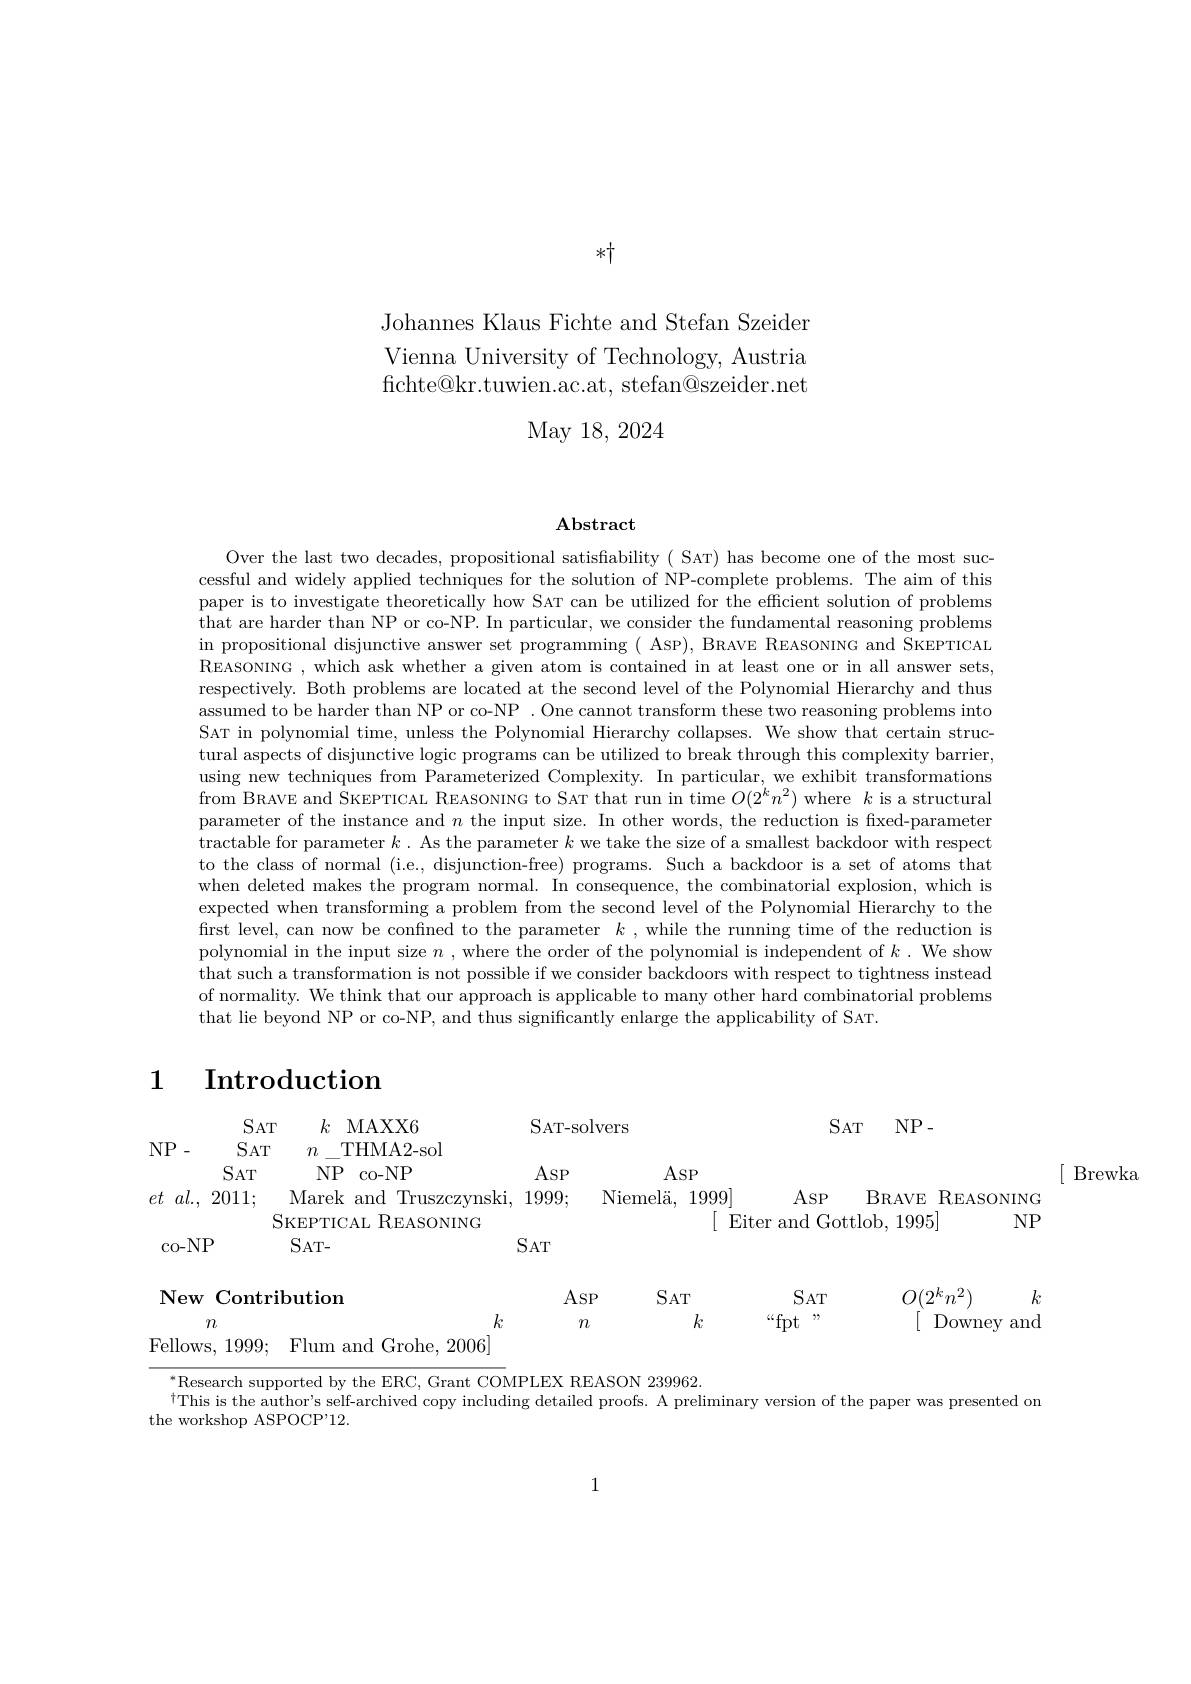
$*\uparrow$

Johannes Klaus Fichte and Stefan Szeider Vienna University of Technology, Austria fichte@ kr. tuwien. ac. at, stefan@ szeider. net
May 18, 2024

$\mathbf{Abstract}$

Over the last two decades, propositional satisfiability ( SAT) has become one of the most successful and widely applied techniques for the solution of NP-complete problems. The aim of this paper is to investigate theoretically how SAT can be utilized for the efficient solution of problems that are harder than NP or co-NP. In particular, we consider the fundamental reasoning problems in propositional disjunctive answer set programming ( ASP), BRAVE REASONING and SKEPTICAL REASONING , which ask whether a given atom is contained in at least one or in all answer sets, respectively. Both problems are located at the second level of the Polynomial Hierarchy and thus $\hat{\text{assumed to be harder than NP or co-NP .One cannot transform these two reasoning problems into}}$ SAT in polynomial time, unless the Polynomial Hierarchy collapses. We show that certain structural aspects of disjunctive logic programs can be utilized to break through this complexity barrier, using new techniques from Parameterized Complexity. In particular, we exhibit transformations from BRAVE and SKEPTICAL REASONING to SAT that run in time $O(2^kn^2)$ where $k$ is a structural parameter of the instance and $n$ the input size. In other words, the reduction is fixed-parameter tractable for parameter $k$ . As the parameter $k$ we take the size of a smallest backdoor with respect to the class of normal (i.e., disjunction-free) programs. Such a backdoor is a set of atoms that when deleted makes the program normal. In consequence, the combinatorial explosion, which is expected when transforming a problem from the second level of the Polynomial Hierarchy to the first level, can now be confined to the parameter $k$ ,while the running time of the reduction is polynomial in the input size $n$ , where the order of the polynomial is independent of $k.$ We show that such a transformation is not possible if we consider backdoors with respect to tightness instead of normality. We think that our approach is applicable to many other hard combinatorial problems that lie beyond NP or co-NP, and thus significantly enlarge the applicability of SAT.

# 1 Introduction

$NP.$

$[\begin{array}{cc}\mathrm{Brewka}\\\end{array}$

$k$ MAXX6
SAT-solvers
$SAT$
SAT NP-
$SAT$
$n\_$THMA2-sol
NP co-NP
$ASP$
$SAT$
ASP
$et$ $al. $, 2011; Marek and Truszczynski, 1999; $\text{Niemel\"{a} , }$ 1999]
$ASP$
BRAVE REASONING
$[\begin{array}{c}{\text{Eiter and Gottlob, 1995}}\\\end{array}]$
SKEPTICAL REASONING
co-NP
$SAT$
$SAT-$

NP

$SAT$

$SAT$

ASP

## New Contribution

$O(2^kn^2)$
$k$
$[\begin{array}{cc}{\mathrm{Downey~and}}\\\end{array}$

$“$fpt$”$

$k$

$n$

$k$
$n$
Fellows, 1999; Flum and Grohe, 2006]

$^*$Research supported by the ERC, Grant COMPLEX REASON 239962.
$^{\dagger}$This is the author's self-archived copy including detailed proofs. A preliminary version of the paper was presented on
the workshop ASPOCP'12.

1